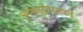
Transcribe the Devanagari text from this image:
जननांगामध्ये